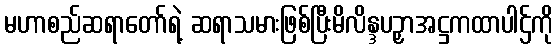
မဟာစည်ဆရာတော်ရဲ့ ဆရာသမားဖြစ်ပြီးမိလိန္ဒပဉှာအဋ္ဌကထာပါဌ်ကို